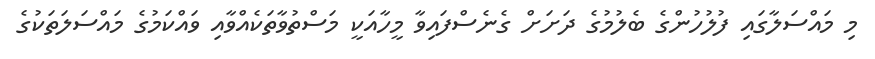
މި މައްސަލާގައި ފުލުހުންގެ ބެލުމުގެ ދަށަށް ގެނެސްފައިވާ މީހާއަކީ މަސްތުވާތަކެއްވާއި ވައްކަމުގެ މައްސަލަތަކުގެ